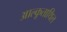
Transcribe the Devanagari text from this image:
आल्कूताथिल